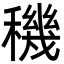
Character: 穖